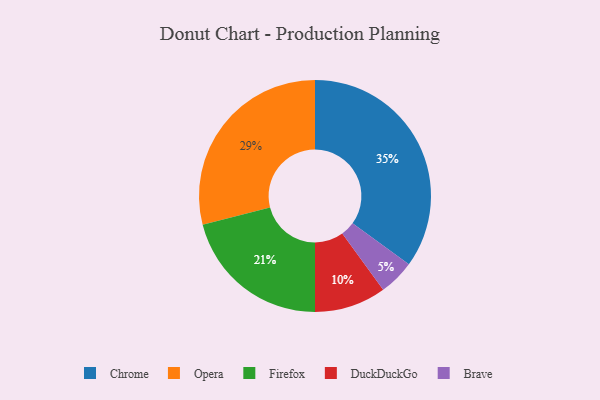
{"axis": {"x": "Category", "y": "Percentage"}, "legend": ["Brave", "Chrome", "DuckDuckGo", "Firefox", "Opera"], "data": [{"x": "DuckDuckGo", "y": 10, "type": "DuckDuckGo"}, {"x": "Firefox", "y": 21, "type": "Firefox"}, {"x": "Opera", "y": 29, "type": "Opera"}, {"x": "Chrome", "y": 35, "type": "Chrome"}, {"x": "Brave", "y": 5, "type": "Brave"}]}